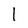
Character: l